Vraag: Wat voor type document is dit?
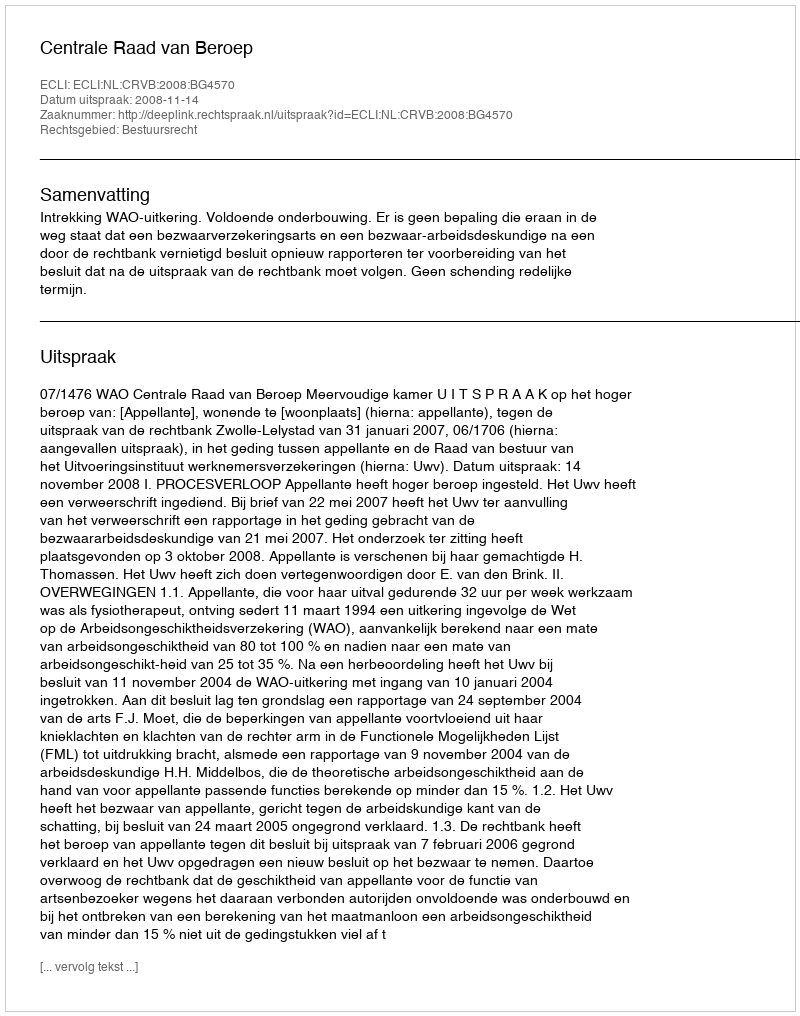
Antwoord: Uitspraak